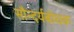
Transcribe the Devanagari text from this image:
सौन्दर्यबोधक